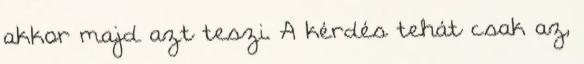
akkor majd azt teszi. A kérdés tehát csak az,